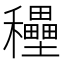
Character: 𥤐